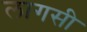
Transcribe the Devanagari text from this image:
लागसी